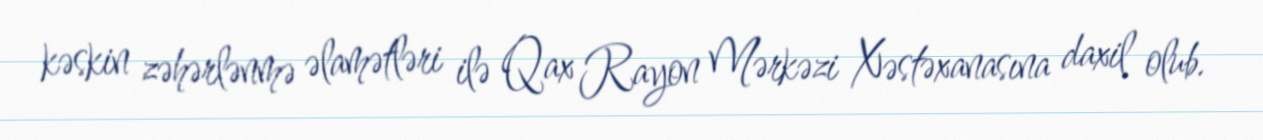
kəskin zəhərlənmə əlamətləri ilə Qax Rayon Mərkəzi Xəstəxanasına daxil olub.